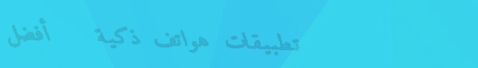
تطبيقات هواتف ذكية   أفضل